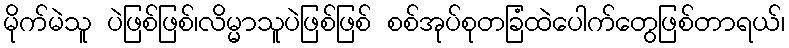
မိုက်မဲသူ ပဲဖြစ်ဖြစ်၊လိမ္မာသူပဲဖြစ်ဖြစ် စစ်အုပ်စုတခြံထဲပေါက်တွေဖြစ်တာရယ်၊